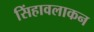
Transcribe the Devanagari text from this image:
सिंहावलाकन